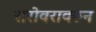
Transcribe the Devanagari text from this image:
सरोवरावरून